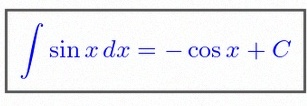
\int \sin x\,dx=-\cos x+C